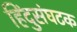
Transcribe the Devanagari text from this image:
हिंदुसंघटक